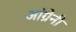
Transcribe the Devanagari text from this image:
आंग्रेनी